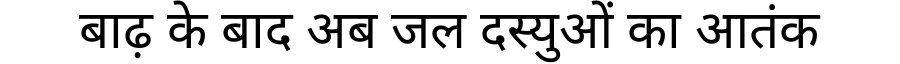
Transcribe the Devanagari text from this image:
बाढ़ के बाद अब जल दस्युओं का आतंक